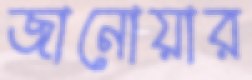
জানোয়ার